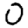
Digit: 0